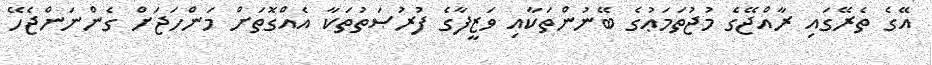
އޭގެ ތެރޭގައި ރާއްޖޭގެ މުޖުތަމަޢުގެ ބޭނުންތަކާއި ވަޒީފާގެ ފުރުޞަތުތަކާ އެއްގޮތަށް މަންހަޖަށް ގެންނަންޖެހޭ